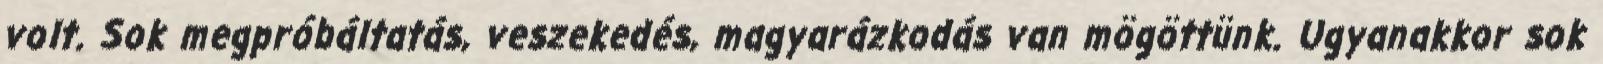
volt. Sok megpróbáltatás, veszekedés, magyarázkodás van mögöttünk. Ugyanakkor sok